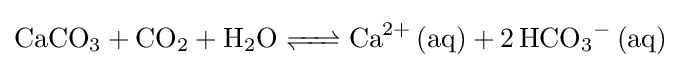
{\ce {CaCO3 + CO2 + H2O <=> Ca^2+ (aq) + 2HCO_3^- (aq)}}